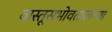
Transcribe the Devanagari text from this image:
वास्तूसभोवतालच्या